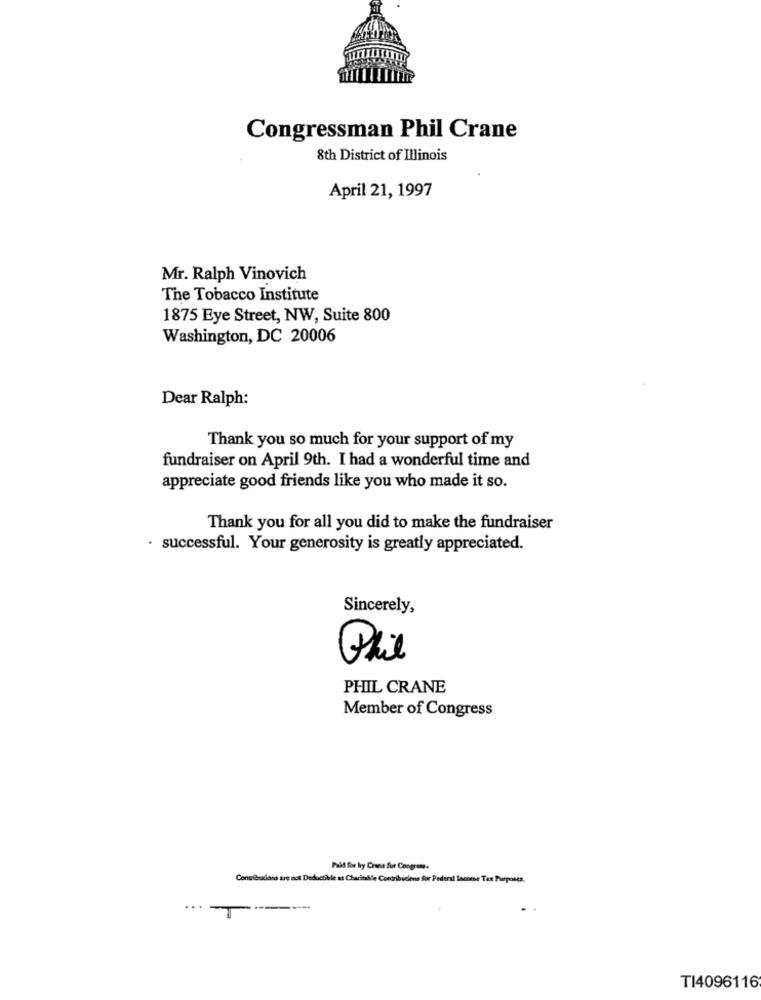
Congressman Phil Crane
8th District of Illinois
April 21, 1997
Mr. Ralph Vinovich
The Tobacco Institute
1875 Eye Street, NW, Suite 800
Washington, DC 20006
Dear Ralph:
Thank you so much for your support of my
fundraiser on April 9th. I had a wonderful time and
appreciate good friends like you who made it so.
Thank you for all you did to make the fundraiser
· successful. Your generosity is greatly appreciated.
Sincerely,
Phil
PHIL CRANE
Member of Congress
Paid for by Crane for Congress.
Contributiond tre not Deductible at Charitable Contributions Sor Federal Income Tax Purposes.
TI4096116